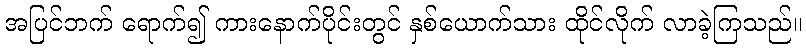
အပြင်ဘက် ရောက်၍ ကားနောက်ပိုင်းတွင် နှစ်ယောက်သား ထိုင်လိုက် လာခဲ့ကြသည်။